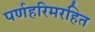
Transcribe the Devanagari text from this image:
पर्णहरिमरहित